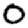
Digit: 0